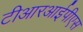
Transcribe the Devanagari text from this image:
टीआरआईपीएस